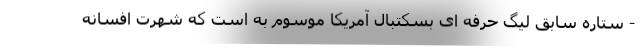
- ستاره سابق لیگ حرفه ای بسکتبال آمریکا موسوم به است که شهرت افسانه